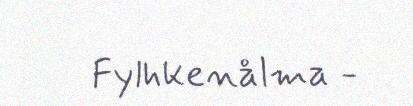
Fylhkenålma -